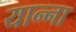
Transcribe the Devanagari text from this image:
यान्ना